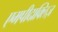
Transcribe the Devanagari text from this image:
एमपीदाक्लिज़